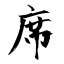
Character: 席